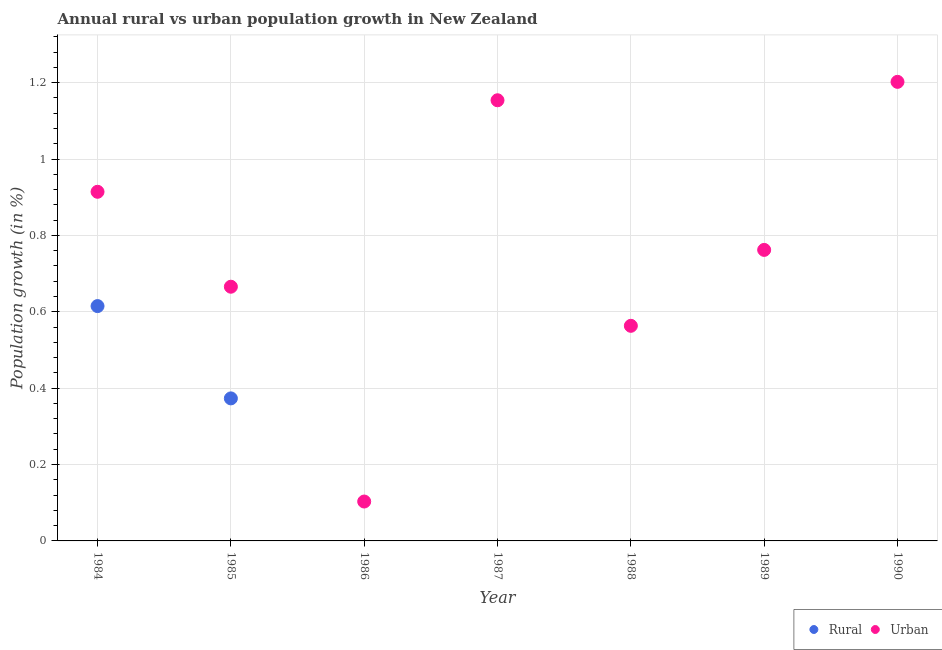
| Year | Rural | Urban  |
 | --- | --- | --- |
 | 1984 | 0.615 | 0.914 |
 | 1985 | 0.373 | 0.666 |
 | 1986 | -0.682 | 0.103 |
 | 1987 | -0.66 | 1.15 |
 | 1988 | -1.26 | 0.563 |
 | 1989 | -1.04 | 0.762 |
 | 1990 | -0.612 | 1.2 |